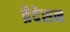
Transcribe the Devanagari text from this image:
ब्रेदेसन